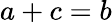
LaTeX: a+c=b